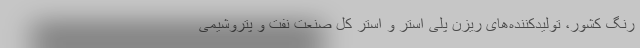
رنگ کشور، تولیدکننده‌های ریزن پلی استر و استر کل صنعت نفت و پتروشیمی